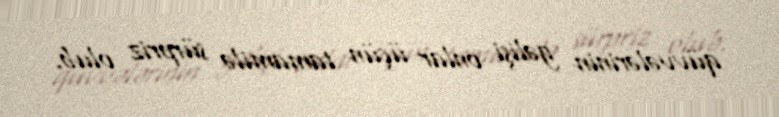
qüvvələrinin gəlişi onlar üçün tamamilə sürpriz olub.